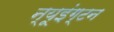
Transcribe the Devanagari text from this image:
न्यूइंग्टन